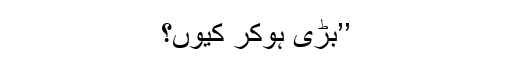
’’بڑی ہوکر کیوں؟